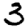
Digit: 3